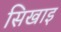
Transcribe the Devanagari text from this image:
सिखाइ